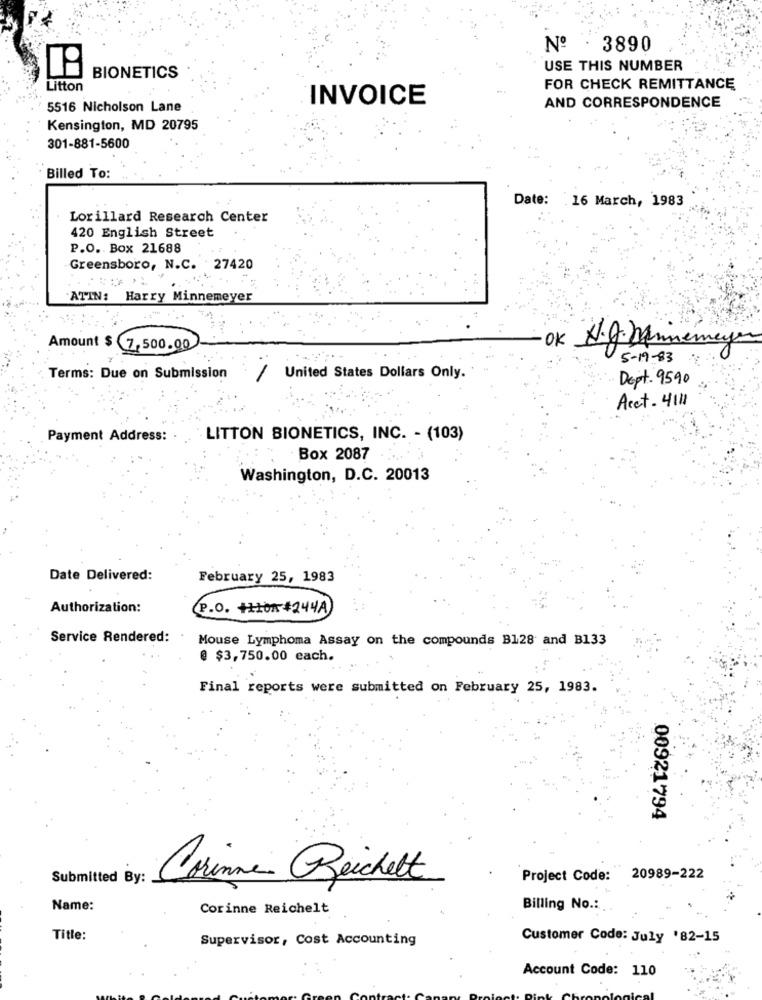
No . 3890
USE THIS NUMBER
BIONETICS
Litton
FOR CHECK REMITTANCE
INVOICE
5516 Nicholson Lane
AND CORRESPONDENCE
Kensington, MD 20795
301-881-5600
Billed To:
Date:
. 16 March, 1983
Lorillard Research Center
420 English Street
P.O. Box 21688
Greensboro, N.C. 27420
ATIN: Harry Minnemeyer
OK
Amount $ 7,500.00
H.g. Minemeyer
5-19-83
Terms: Due on Submission
1
United States Dollars Only.
Dept. 9590
Acct- 4111
Payment Address: .
LITTON BIONETICS, INC. - (103)
Box 2087
Washington, D.C. 20013
Date Delivered:
February 25, 1983
Authorization:
P.O. +110#244A
Service Rendered:
Mouse Lymphoma Assay on the compounds B128 and B133
@ $3,750.00 each.
Final reports were submitted on February 25, 1983.
00921794
Submitted By:
Corinne Reichelt
Project Code: 20989-222
Name:
Corinne Reichelt
Billing No .:
Title:
Supervisor, Cost Accounting
Customer Code: July '82-15
Account Code: 110